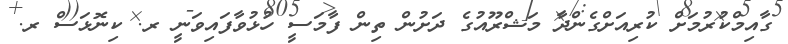
ގާއިމްކުރުމަށް ކުރިއަށްގެންދާ މަޝްރޫއުގެ ދަށުން ތިން ފާމަސީ ހުޅުވާފައިވަނީ ރ. ކިނޮޅަސް ރ.